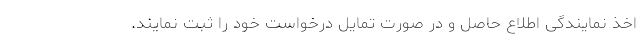
اخذ نمایندگی اطلاع حاصل و در صورت تمایل درخواست خود را ثبت نمایند.